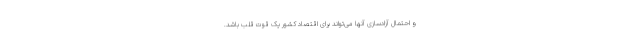
و احتمال آزادسازی آنها می‌تواند برای اقتصاد کشور یک قوت قلب باشد.